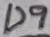
Text: D9